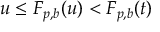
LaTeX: u \leq F _ { p , b } ( u ) < F _ { p , b } ( t )